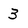
Character: 3